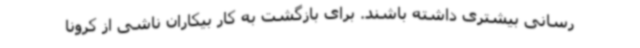
‌رسانی‌ بیشتری داشته باشند. برای بازگشت به کار بیکاران ناشی از کرونا